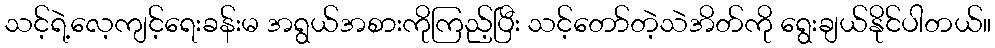
သင့်ရဲ့လေ့ကျင့်ရေးခန်းမ အရွယ်အစားကိုကြည့်ပြီး သင့်တော်တဲ့သဲအိတ်ကို ရွေးချယ်နိုင်ပါတယ်။